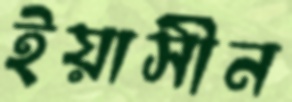
ইয়াসীন